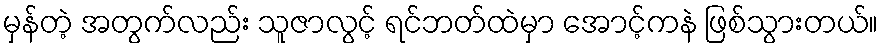
မှန်တဲ့ အတွက်လည်း သူဇာလွင့် ရင်ဘတ်ထဲမှာ အောင့်ကနဲ ဖြစ်သွားတယ်။